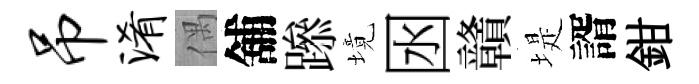
吊淆偶舖𨅶境囦贛堤諝鉗